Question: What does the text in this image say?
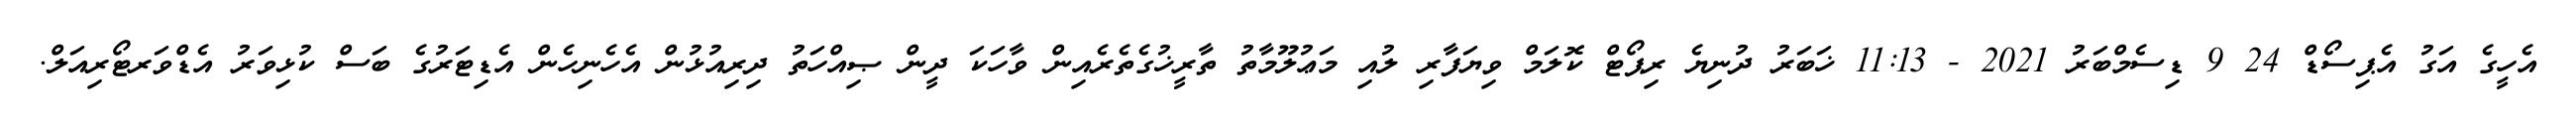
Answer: އެހީގެ އަގު އެޕިސޯޑް 24 9 ޑިސެމްބަރު 2021 - 11:13 ޚަބަރު ދުނިޔެ ރިޕޯޓް ކޮލަމް ވިޔަފާރި ލުއި މަޢުލޫމާތު ތާރީޚުގެތެރެއިން ވާހަކަ ދީން ޞިއްހަތު ދިރިއުޅުން އެހެނިހެން އެޑިޓަރުގެ ބަސް ކުޅިވަރު އެޑްވަރޓޯރިއަލް.